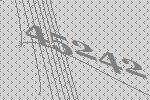
45242